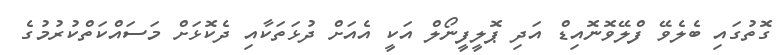
ގޮތުގައި ބެލެވޭ ފްލޭވޮނޮއިޑް އަދި ޕޮލީފީނޯލް އަކީ އެއަށް ދުޅަތަކާއި ދެކޮޅަށް މަސައްކަތްކުރުމުގެ